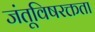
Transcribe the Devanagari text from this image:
जंतूविषरक्तता